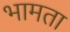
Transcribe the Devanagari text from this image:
भामता